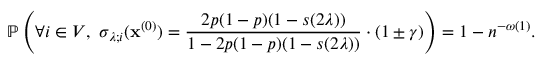
\mathbb { P } \left( \forall i \in V , \, \, \sigma _ { \lambda ; i } ( \mathbf { x } ^ { ( 0 ) } ) = \frac { 2 p ( 1 - p ) ( 1 - { s ( 2 \lambda ) } ) } { 1 - 2 p ( 1 - p ) ( 1 - { s ( 2 \lambda ) } ) } \cdot ( 1 \pm \gamma ) \right) = 1 - n ^ { - \omega ( 1 ) } .